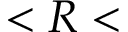
< R <